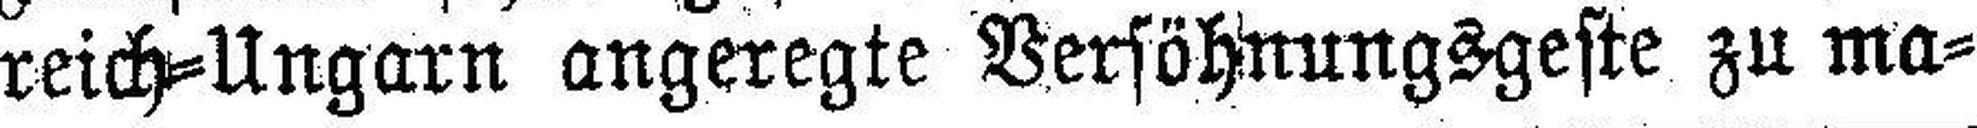
reich=Ungarn angeregte Versöhnungsgeste zu ma¬